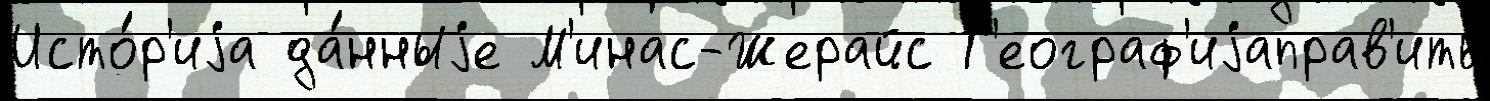
Исто́р'иjа да́нныjе М'инас-Жерайс Г'еограф'иjаправ'ить